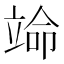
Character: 𬔣